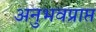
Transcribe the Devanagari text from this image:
अनुभवप्राप्त